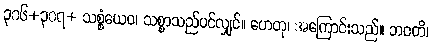
၃၀၆+၃၀၇+ သစ္စံယေဝ၊ သစ္စာသည်ပင်လျှင်။ ဟေတု၊ အကြောင်းသည်။ ဘဝတိ၊